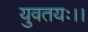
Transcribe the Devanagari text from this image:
युवतयः।।